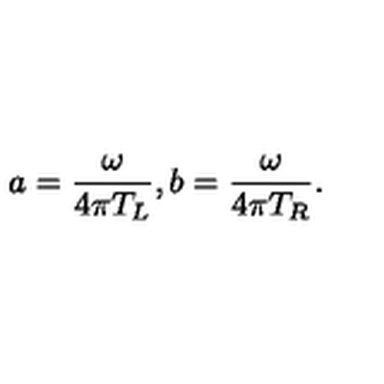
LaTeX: a = { \frac { \omega } { 4 \pi T _ { L } } } , b = { \frac { \omega } { 4 \pi T _ { R } } } .